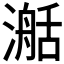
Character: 𣽰